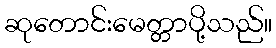
ဆုတောင်းမေတ္တာပို့သည်။